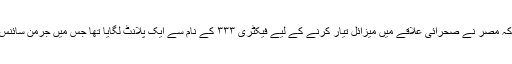
موساد نے اپنے ذرائع سے معلوم کرلیا کہ مصر نے صحرائی علاقے میں میزائل تیار کرنے کے لیے فیکٹری ۳۳۳ کے نام سے ایک پلانٹ لگایا تھا جس میں جرمن سائنس دانوں کی خدمات حاصل کی گئی تھیں۔